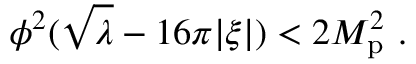
\phi ^ { 2 } ( \sqrt \lambda - 1 6 \pi | \xi | ) < 2 M _ { \mathrm { p } } ^ { 2 } \ .